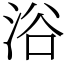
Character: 浴